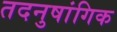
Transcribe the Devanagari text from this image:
तदनुषांगिक